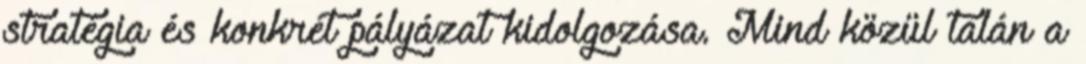
stratégia és konkrét pályázat kidolgozása. Mind közül talán a